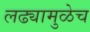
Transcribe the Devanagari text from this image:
लढ्यामुळेच